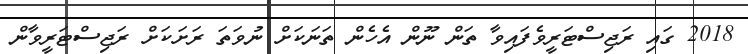
2018 ގައި ރަޖިސްޓަރީވެފައިވާ ތަން ނޫން އެހެން ތަނަކަށް ނުވަތަ ރަށަކަށް ރަޖިސްޓަރީވާން